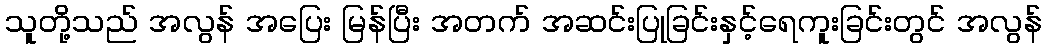
သူတို့သည် အလွန် အပြေး မြန်ပြီး အတက် အဆင်းပြုခြင်းနှင့်ရေကူးခြင်းတွင် အလွန်